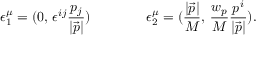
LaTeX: \epsilon _ { 1 } ^ { \mu } = ( 0 , \, \epsilon ^ { i j } \frac { { p } _ { j } } { | \vec { p } | } ) \qquad \qquad \epsilon _ { 2 } ^ { \mu } = ( \frac { | \vec { p } | } { M } , \, \frac { w _ { p } } { M } \frac { { p } ^ { i } } { | \vec { p } | } ) .